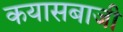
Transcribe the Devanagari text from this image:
कयासबाजी